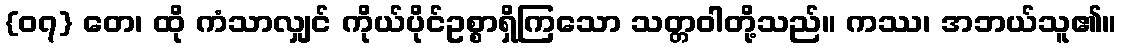
{၀၇} တေ၊ ထို ကံသာလျှင် ကိုယ်ပိုင်ဥစ္စာရှိကြသော သတ္တဝါတို့သည်။ ကဿ၊ အဘယ်သူ၏။